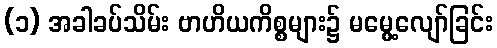
(၁) အခါခပ်သိမ်း ဗာဟိယကိစ္စများ၌ မမွေ့လျော်ခြင်း